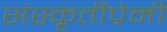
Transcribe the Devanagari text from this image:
संस्कृतीप्रेमी